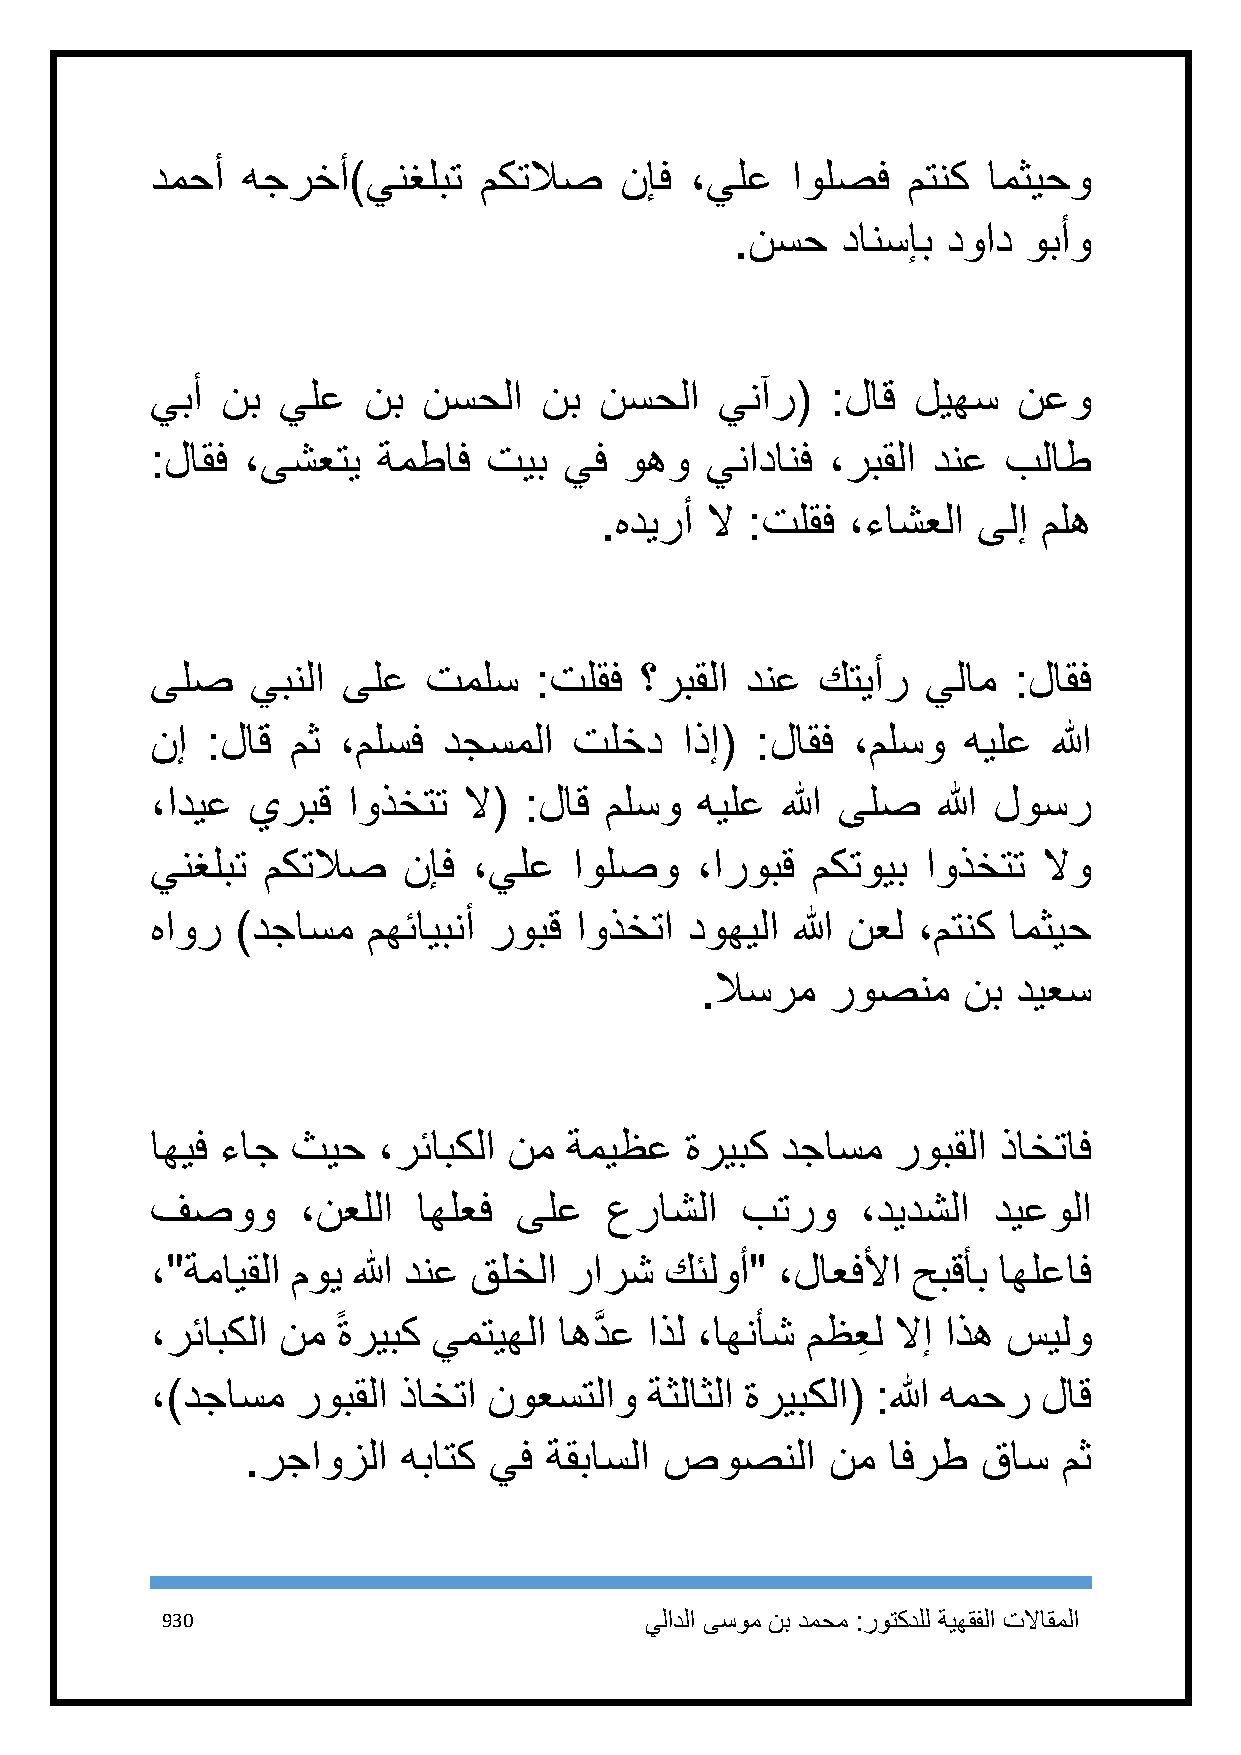
دمحأ  هجرخأ)ينغلبت    مكتلاص   نإف  ،يلع  اولصف   متنك امثيحو
 .نسح   دانسإب دواد وبأو
 يبأ  نب يلع   نب  نسحلا   نب  نسحلا   ينآر(  :لاق ليهس   نعو
 :لاقف ،ىشعتي   ةمطاف  تيب  يف  وهو   ينادانف ،ربقلا دنع بلاط
 .هديرأ لا :تلقف ،ءاشعلا  ىلإ مله
 ىلص    يبنلا ىلع  تملس   :تلقف  ؟ربقلا دنع  كتيأر  يلام  :لاقف
 نإ  :لاق مث ،ملسف  دجسملا   تلخد   اذإ( :لاقف ،ملسو   هيلع  الله
 ،اديع يربق   اوذختت  لا( :لاق ملسو  هيلع  الله ىلص  الله لوسر
 ينغلبت مكتلاص    نإف ،يلع   اولصو   ،اروبق  مكتويب اوذختت  لاو
 هاور  )دجاسم  مهئايبنأ روبق اوذختا  دوهيلا الله نعل ،متنك امثيح
 .لاسرم   روصنم    نب ديعس
 اهيف ءاج ثيح   ،رئابكلا نم ةميظع   ةريبك  دجاسم  روبقلا ذاختاف
 فصوو      ،نعللا  اهلعف ىلع   عراشلا   بترو    ،ديدشلا  ديعولا
 ،"ةمايقلا موي الله دنع قلخلا رارش كئلوأ" ،لاعفلأا حبقأب اهلعاف
 ،رئابكلا نم ً ةريبك يمتيهلا اهدَّ ع اذل ،اهنأش مظعِ ل لاإ اذه سيلو
 ،)دجاسم   روبقلا ذاختا نوعستلاو  ةثلاثلا ةريبكلا( :الله همحر لاق
 .رجاوزلا   هباتك يف ةقباسلا صوصنلا     نم  افرط  قاس  مث
 931                             يلادلا ىسوم نب دمحم :روتكدلل ةيهقفلا تلااقملا